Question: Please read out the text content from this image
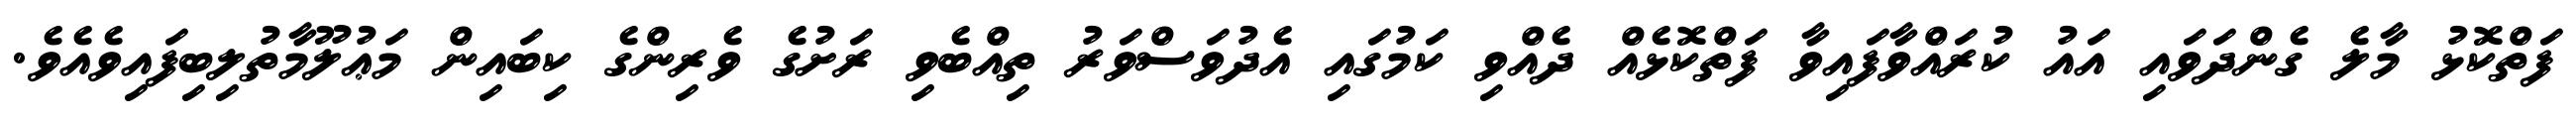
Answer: ފަތްކޮޅު މާލެ ގެންދަވައި އައު ކުރައްވާފައިވާ ފަތްކޮޅެއް ދެއްވި ކަމުގައި އެދުވަސްވަރު ތިއްބެވި ރަށުގެ ވެރިންގެ ކިބައިން މަޢުލޫމާތުލިބިފައިވެއެވެ.